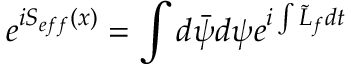
e ^ { i S _ { e f f } ( x ) } = \int d \bar { \psi } d \psi e ^ { i \int \tilde { L } _ { f } d t }